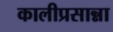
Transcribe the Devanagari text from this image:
कालीप्रसान्ना